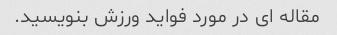
مقاله ای در مورد فواید ورزش بنویسید.